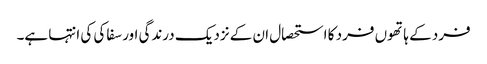
فرد کے ہاتھوں فرد کا استحصال ان کے نزدیک درندگی اور سفاکی کی انتہا ہے۔